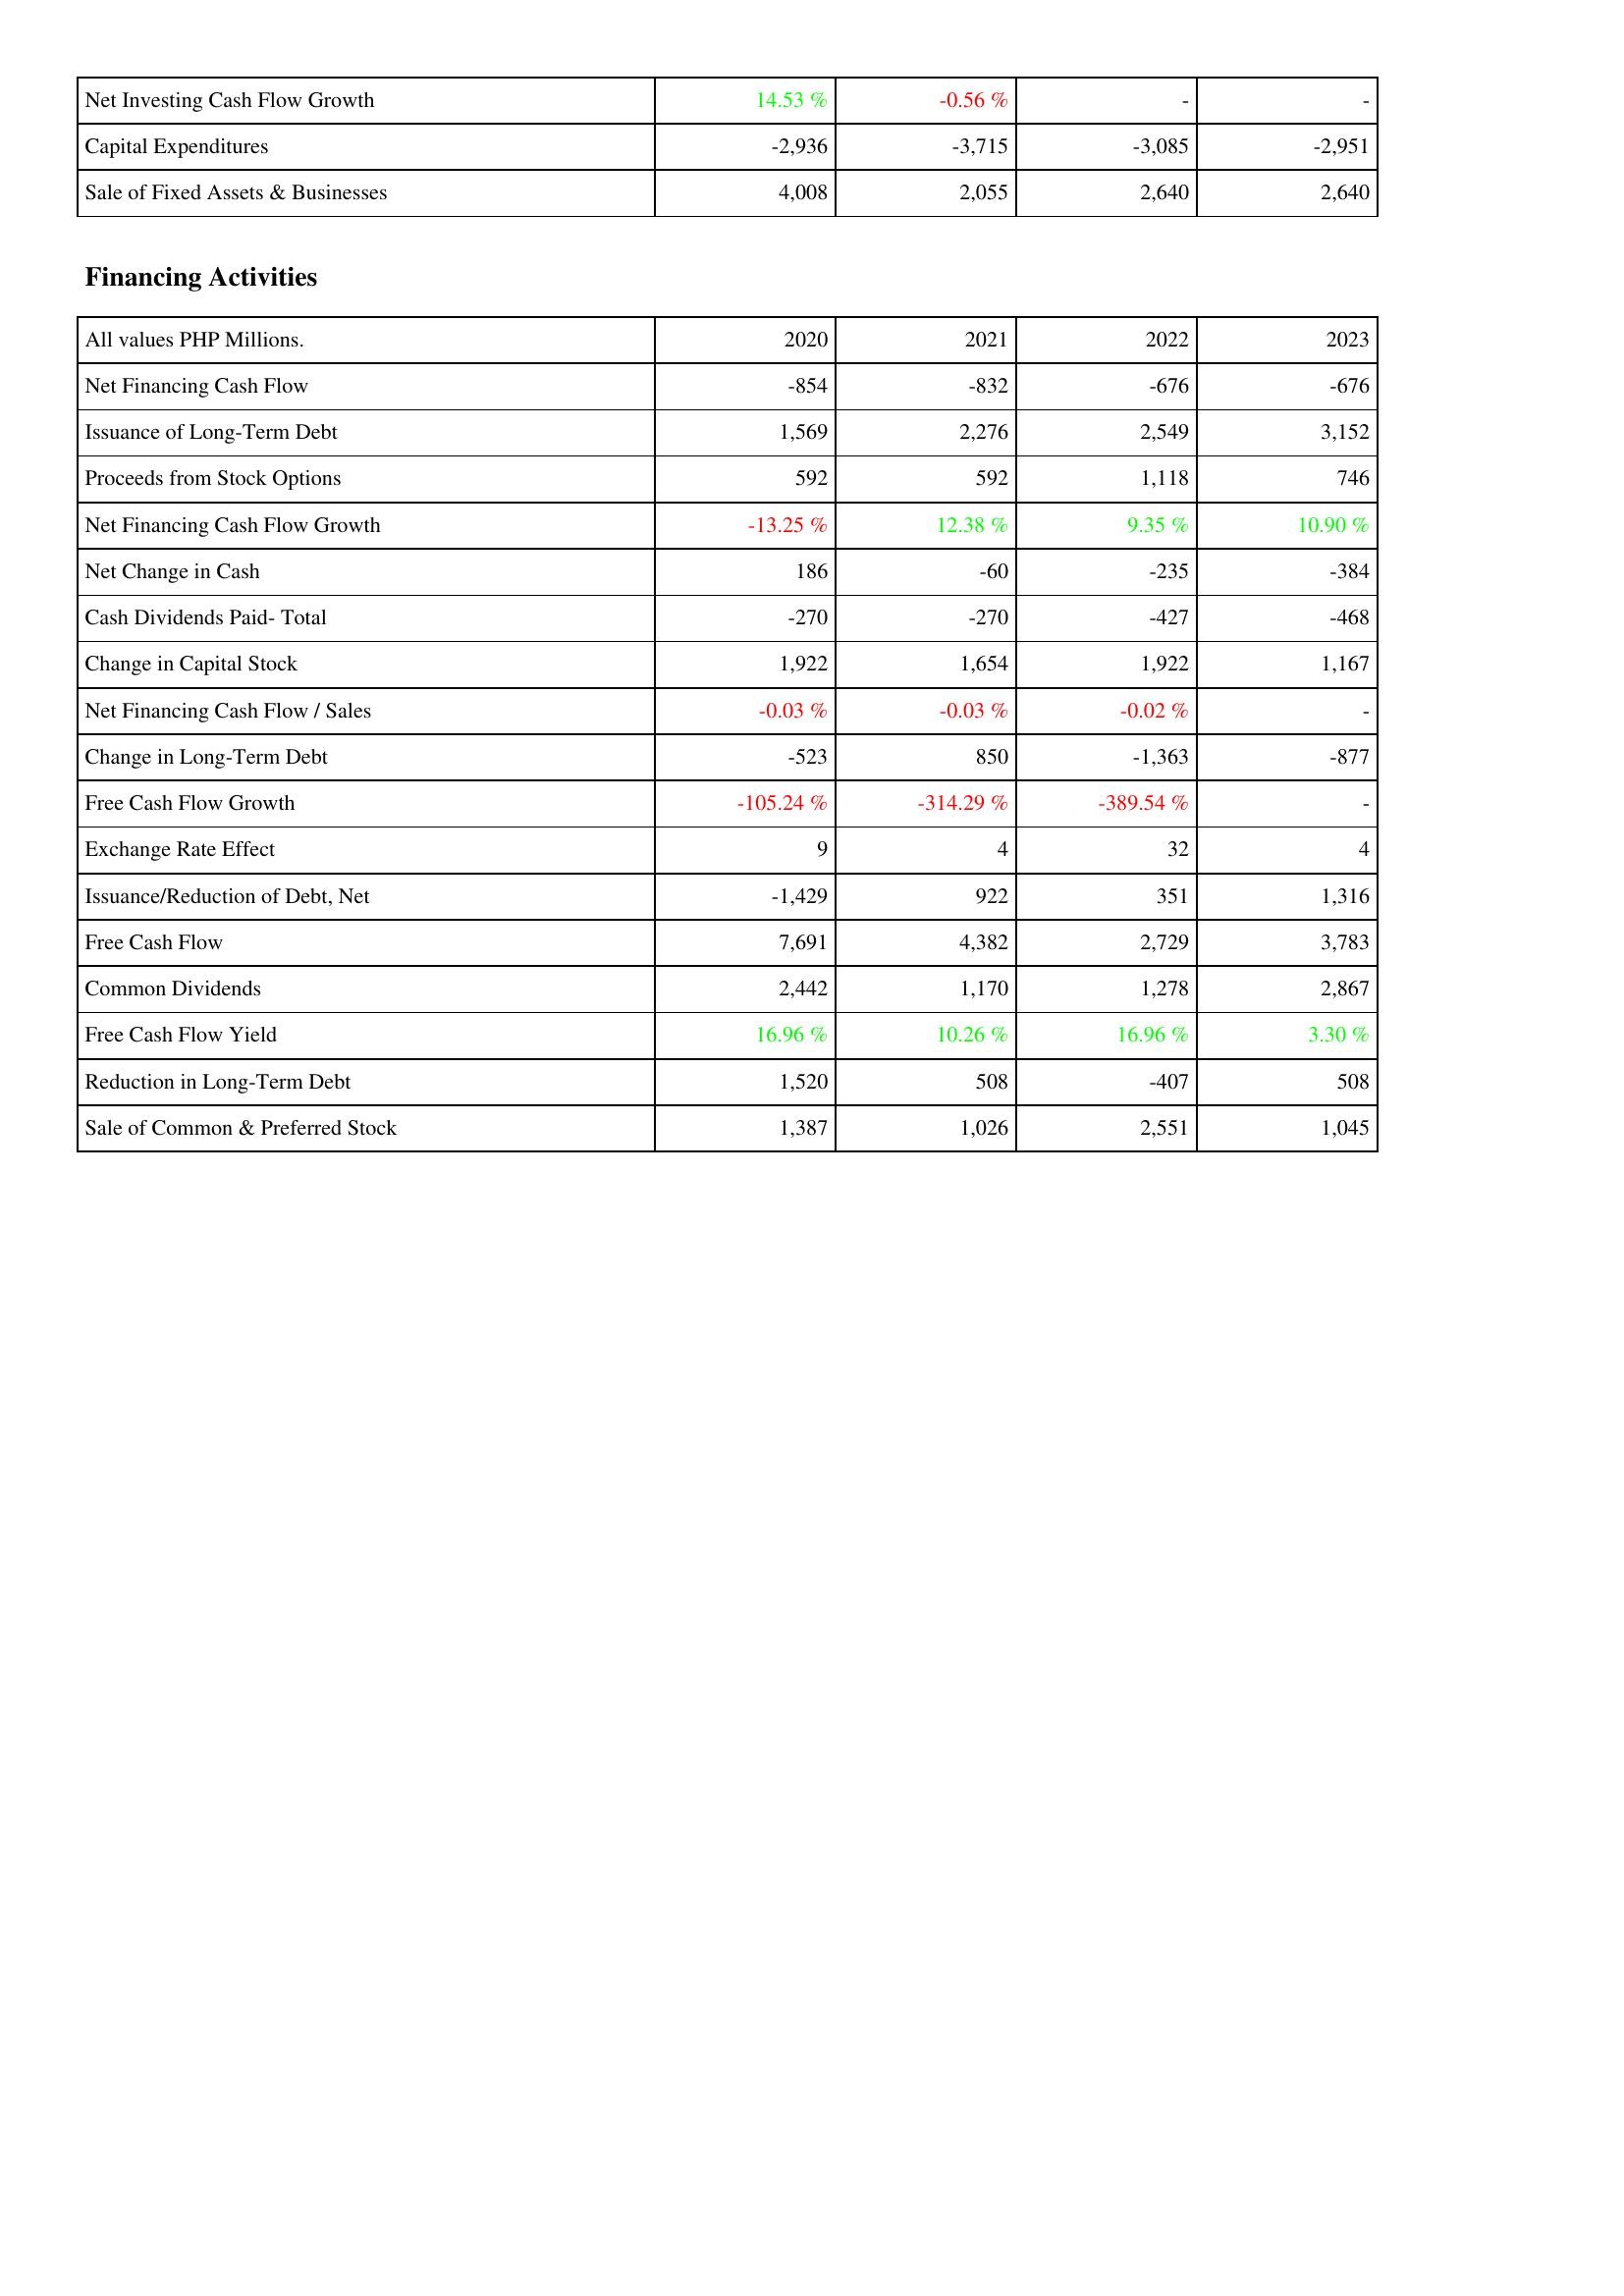
2020: Investing Activities: Net Investing Cash Flow Growth: 14.53 %
Capital Expenditures: -2,936
Sale of Fixed Assets & Businesses: 4,008
Financing Activities: Net Financing Cash Flow: -854
Issuance of Long-Term Debt: 1,569
Proceeds from Stock Options: 592
Net Financing Cash Flow Growth: -13.25 %
Net Change in Cash: 186
Cash Dividends Paid- Total: -270
Change in Capital Stock: 1,922
Net Financing Cash Flow / Sales: -0.03 %
Change in Long-Term Debt: -523
Free Cash Flow Growth: -105.24 %
Exchange Rate Effect: 9
Issuance/Reduction of Debt, Net: -1,429
Free Cash Flow: 7,691
Common Dividends: 2,442
Free Cash Flow Yield: 16.96 %
Reduction in Long-Term Debt: 1,520
Sale of Common & Preferred Stock: 1,387
2021: Investing Activities: Net Investing Cash Flow Growth: -0.56 %
Capital Expenditures: -3,715
Sale of Fixed Assets & Businesses: 2,055
Financing Activities: Net Financing Cash Flow: -832
Issuance of Long-Term Debt: 2,276
Proceeds from Stock Options: 592
Net Financing Cash Flow Growth: 12.38 %
Net Change in Cash: -60
Cash Dividends Paid- Total: -270
Change in Capital Stock: 1,654
Net Financing Cash Flow / Sales: -0.03 %
Change in Long-Term Debt: 850
Free Cash Flow Growth: -314.29 %
Exchange Rate Effect: 4
Issuance/Reduction of Debt, Net: 922
Free Cash Flow: 4,382
Common Dividends: 1,170
Free Cash Flow Yield: 10.26 %
Reduction in Long-Term Debt: 508
Sale of Common & Preferred Stock: 1,026
2022: Investing Activities: Net Investing Cash Flow Growth: -
Capital Expenditures: -3,085
Sale of Fixed Assets & Businesses: 2,640
Financing Activities: Net Financing Cash Flow: -676
Issuance of Long-Term Debt: 2,549
Proceeds from Stock Options: 1,118
Net Financing Cash Flow Growth: 9.35 %
Net Change in Cash: -235
Cash Dividends Paid- Total: -427
Change in Capital Stock: 1,922
Net Financing Cash Flow / Sales: -0.02 %
Change in Long-Term Debt: -1,363
Free Cash Flow Growth: -389.54 %
Exchange Rate Effect: 32
Issuance/Reduction of Debt, Net: 351
Free Cash Flow: 2,729
Common Dividends: 1,278
Free Cash Flow Yield: 16.96 %
Reduction in Long-Term Debt: -407
Sale of Common & Preferred Stock: 2,551
2023: Investing Activities: Net Investing Cash Flow Growth: -
Capital Expenditures: -2,951
Sale of Fixed Assets & Businesses: 2,640
Financing Activities: Net Financing Cash Flow: -676
Issuance of Long-Term Debt: 3,152
Proceeds from Stock Options: 746
Net Financing Cash Flow Growth: 10.90 %
Net Change in Cash: -384
Cash Dividends Paid- Total: -468
Change in Capital Stock: 1,167
Net Financing Cash Flow / Sales: -
Change in Long-Term Debt: -877
Free Cash Flow Growth: -
Exchange Rate Effect: 4
Issuance/Reduction of Debt, Net: 1,316
Free Cash Flow: 3,783
Common Dividends: 2,867
Free Cash Flow Yield: 3.30 %
Reduction in Long-Term Debt: 508
Sale of Common & Preferred Stock: 1,045